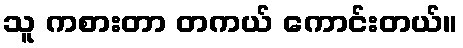
သူ ကစားတာ တကယ် ကောင်းတယ်။